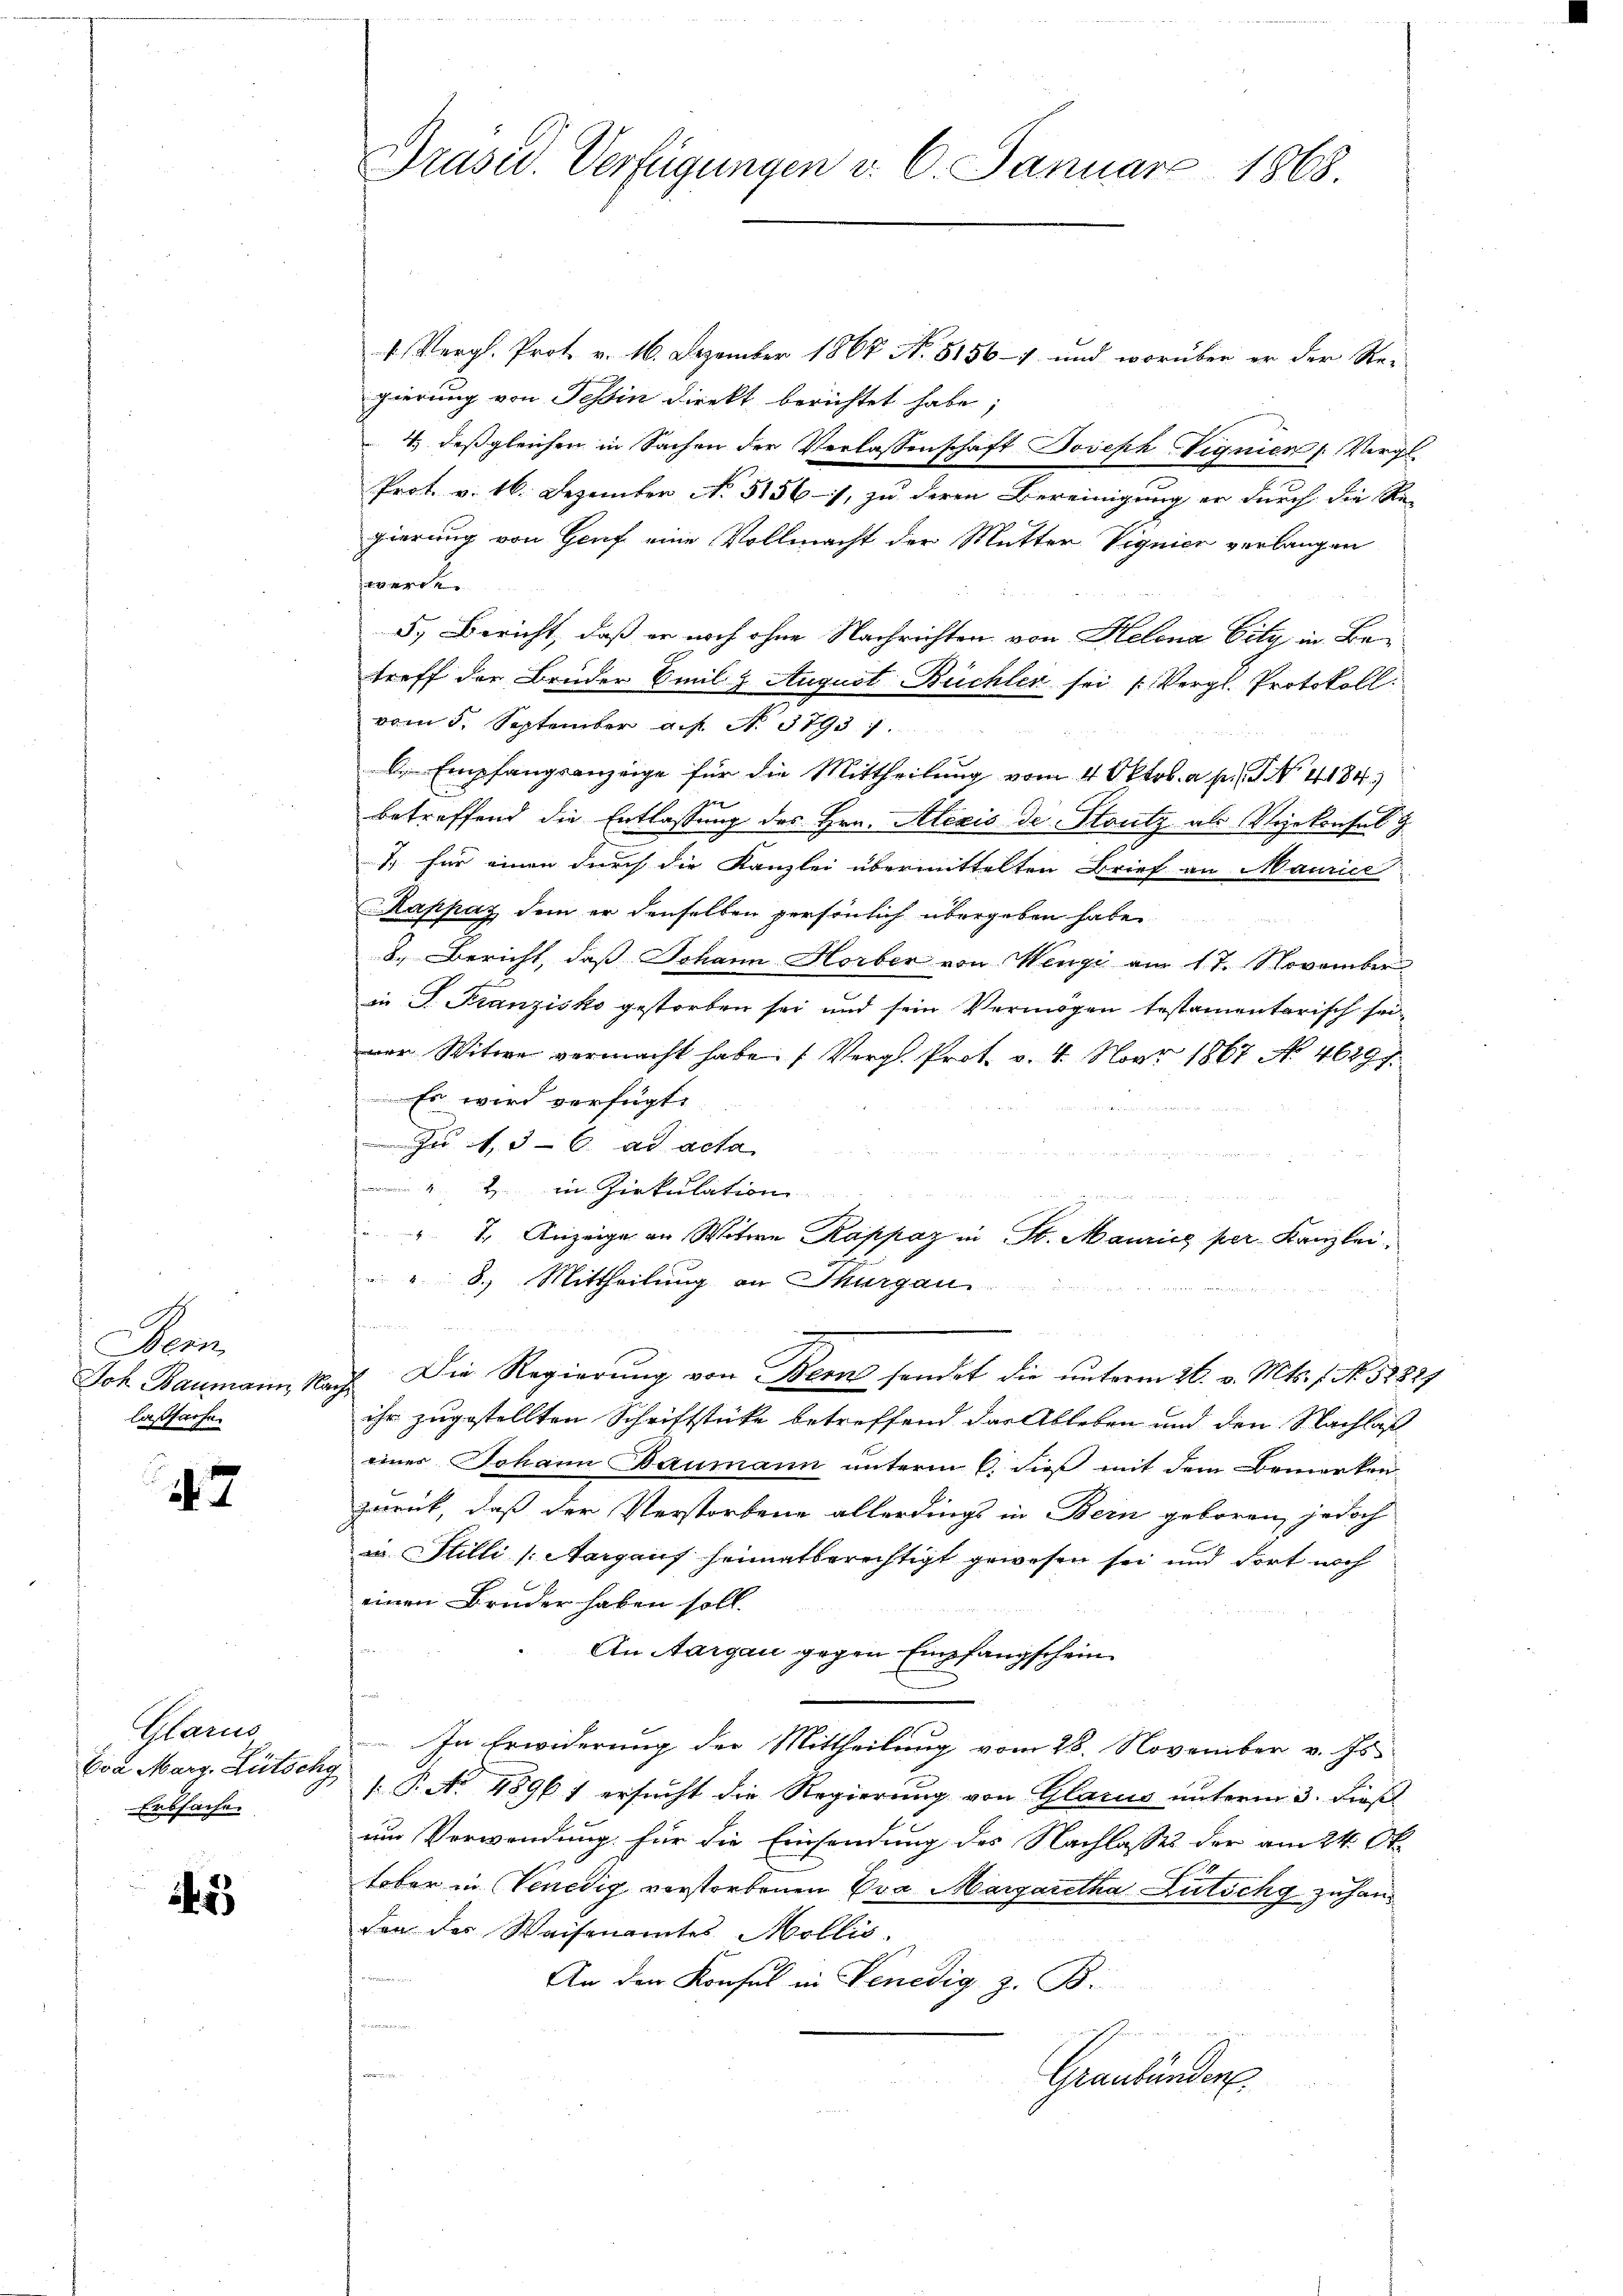
Bern
Joh Baumann R
laßsache.

47

Marus
Eva Marg. Lütschy
Erbsachen

2

Präsid. Verfügungen v. 6. Januar 1868

4 Vergl. Prot. v. 16. Dezember 1867 No 81567 und worüber er der Re-
gierung von Tessin direkt berichtet habe;
4.) daß gleichen in Sachen der Verlassenschaft Joseph Signien Vergl
Prot. v. 16. Dezember No 51561, zu deren Bereinigung er durch die Re-
gierung von Genf eine Vollmacht der Mutter Vignier verlangen
werde
5.) Bericht, daß er noch ohne Nachrichten von Helena City in Betreff der Bruder Emil & August Büchler sei (Vergl. Protokoll.
vom 5. September a.g. N. 3793
 Empfangsanzeige für die Mittheilung vom 4 Oktob. a. p. T. No 1184.)
betreffend die Entlassung des Hrn. Alexis de Stutz als Vizekonsul z
1. für einen durch die Kanzlei übermittelten Brief an Maurice
Rappay dem er denselben persönlich übergeben habe.
8.) Bericht, daß Johann Horber von Wengi am 17. November
in P. Franzisko gestorben sei und sein Vermögen testamentarisch seiner Witwe vermacht habe. (Vergl. Prot. v. 4. Nov. 1867 No 4629 f.
Es wird verfügt:
u 136. ad acta
42 in Zirkulation
n
 7. Anzeige an Witwe Kappaz in St. Maurice per Kanzlei,
"8.) Mittheilung an Thurgau
handern den
 Die Regierung von Bern sondet die unterm 26. v. Mts. f. No. 18827
ihr zugestellten Schriftstücke betreffend der Ableben und den Nachlaß
einer Johann Baumann unterm 6. dieß mit dem Bemerken
zurück, daß der Verstorbene allerdings in Bern geboren, jedoch
in Stilli (Aargauf heimatberechtigt gewesen sei und dort noch
einen Bruder haben soll.
An Aargau gegen Empfangschein
In Erwiderung der Mittheilung vom 28. November v. Js.
 P. No. 48961 ersucht die Regierung von Glarus unterm 3. dieß
um Verwendung für die Einsendung des Nachlasses der am 24. Ok
tober in Venedig verstorbenen Pra Margaretha Lutich zu handon der Waisenamtes Mollis.
An der Konsul in Venedig, z. B.
n
Graubünden.
n